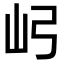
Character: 𫝳